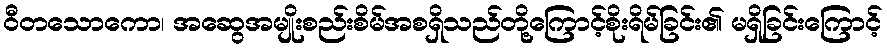
ဝီတသောကော၊ အဆွေအမျိုးစည်းစိမ်အစရှိသည်တို့ကြောင့်စိုးရိမ်ခြင်း၏ မရှိခြင်းကြောင့်